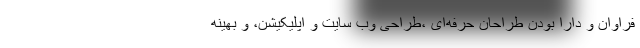
فراوان و دارا بودن طراحان حرفه‌ای ،طراحی وب سایت و اپلیکیشن، و بهینه